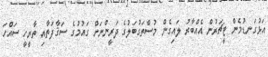
އަޅުގަނޑުމެން ޓީޗަރުން އެއްބާރު ލައިގެން މުސްތަގުބަލުގެ ދަރީންނަށް ގައުމުގެ ސަޤާފަތާއި ތާރީހީ ސައްހަ